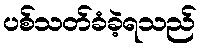
ပစ်သတ်ခံခဲ့ရသည်